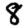
Digit: 8